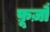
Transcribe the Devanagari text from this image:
फ़ूज़ौ